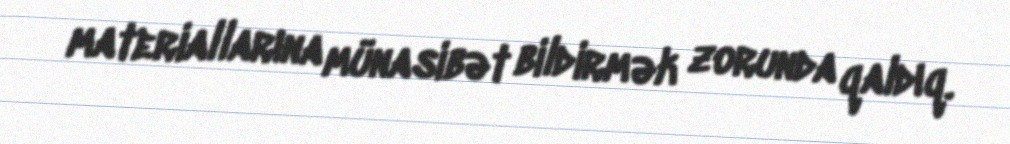
materiallarına münasibət bildirmək zorunda qaldıq.